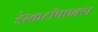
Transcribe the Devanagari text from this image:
डेस्कटॉपएक्स